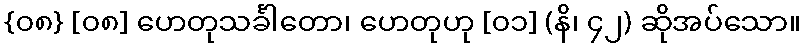
{၀၈} [၀၈] ဟေတုသင်္ခါတော၊ ဟေတုဟု [၀၁] (နိ၊ ၄၂) ဆိုအပ်သော။